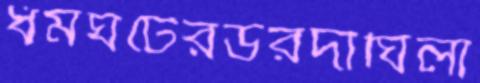
ধর্মঘটেরউরদীঘিলা